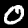
Label: 0